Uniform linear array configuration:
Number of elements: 16
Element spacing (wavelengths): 0.5
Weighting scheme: binomial
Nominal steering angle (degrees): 0
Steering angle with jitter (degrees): -1.837
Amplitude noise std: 0.05
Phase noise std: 0.05

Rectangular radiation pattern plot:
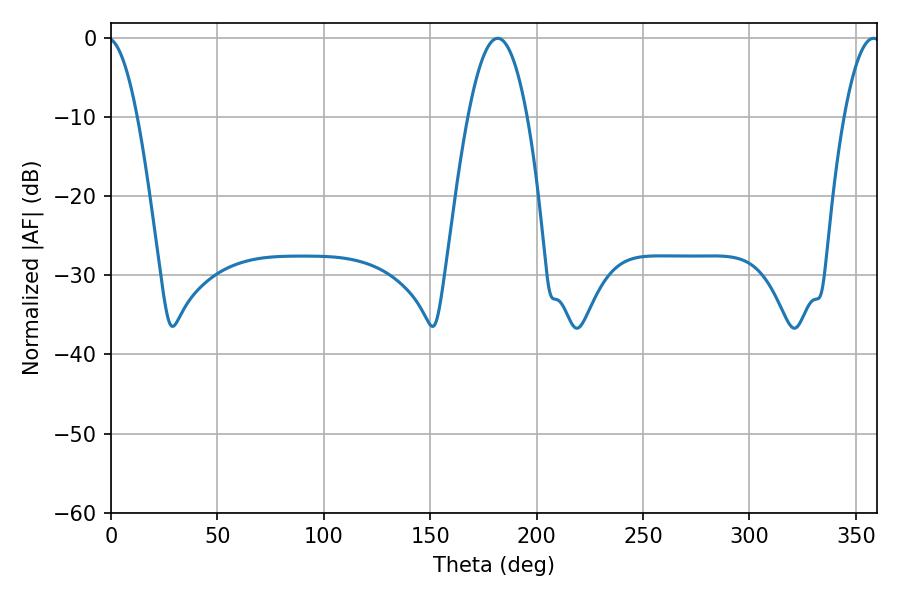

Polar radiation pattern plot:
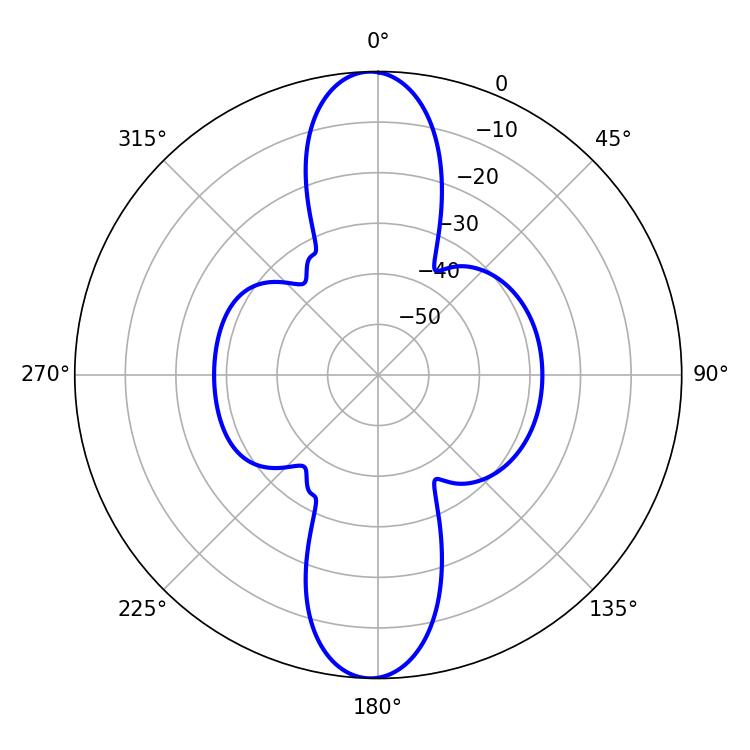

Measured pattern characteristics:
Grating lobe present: FALSE
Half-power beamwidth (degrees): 15.3
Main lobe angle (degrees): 181.8